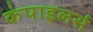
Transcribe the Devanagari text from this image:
कंपाइलर्स